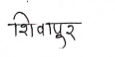
मजकूर: शिवापुर